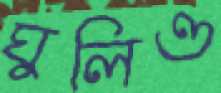
ঘুলিও